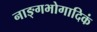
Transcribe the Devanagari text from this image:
नाङ्गभोगादिकं